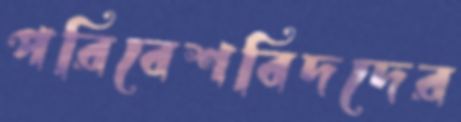
পরিবেশবিদদের